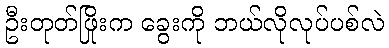
ဦးတုတ်ဖြိုးက ခွေးကို ဘယ်လိုလုပ်ပစ်လဲ